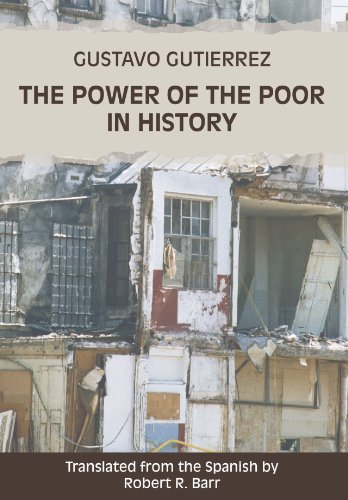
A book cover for The Power of the Poor in History:; Gustavo Gutierrez; Christian Books & Bibles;